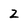
Character: 2